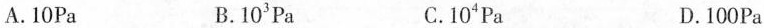
A.10Pa B.10^{3}Pa C.10^{4}Pa D.100Pa